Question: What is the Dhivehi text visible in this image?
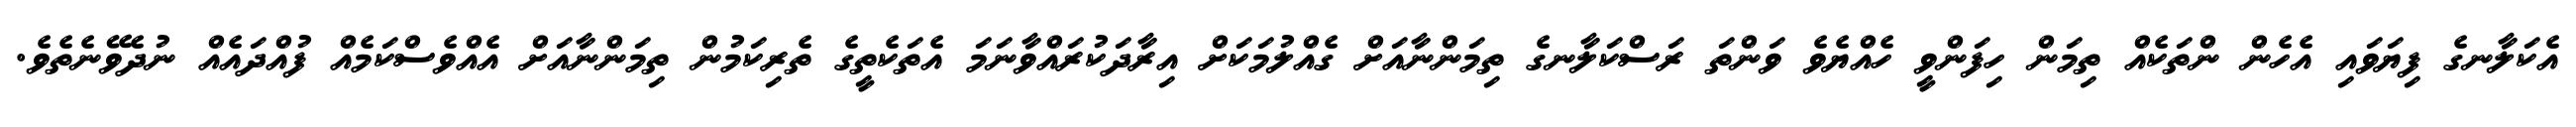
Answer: އެކަލާނގެ ފިޔަވައި އެހެން ންތަކެއް ތިމަން ހިފަންވީ ހެއްޔެވެ ވަންތަ ރަސްކަލާނގެ ތިމަންނާއަށް ގެއްލުމަކަށް އިރާދަކުރައްވާނަމަ އެތަކެތީގެ ތެރިކަމުން ތިމަންނާއަށް އެއްވެސްކަމެއް ފުއްދައެއް ނުދެވޭނެތެވެ.